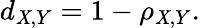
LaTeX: d_{\mathit{X},Y}=1-\rho_{\mathit{X},Y}.